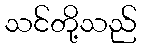
သင်တို့သည်